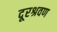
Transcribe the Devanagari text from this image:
दूरश्रवण